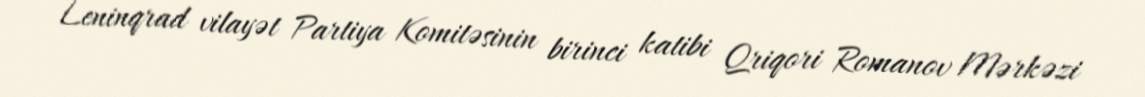
Leninqrad vilayət Partiya Komitəsinin birinci katibi Qriqori Romanov Mərkəzi